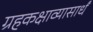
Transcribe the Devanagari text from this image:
ग्रहकक्षाव्यासार्धं